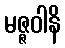
မဇ္ဇဝါနိ